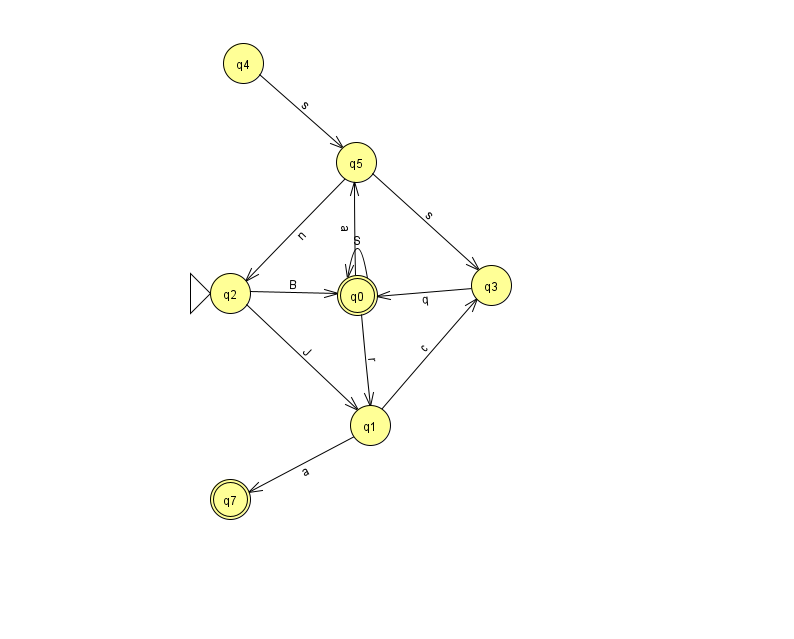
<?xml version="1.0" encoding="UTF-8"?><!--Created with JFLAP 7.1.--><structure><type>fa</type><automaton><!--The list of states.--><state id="0" name="q0"><x>357.0</x><y>282.0</y><final/></state><state id="1" name="q1"><x>370.0</x><y>412.0</y></state><state id="2" name="q2"><x>230.0</x><y>280.0</y><initial/></state><state id="3" name="q3"><x>491.0</x><y>272.0</y></state><state id="4" name="q4"><x>243.0</x><y>50.0</y></state><state id="5" name="q5"><x>356.0</x><y>149.0</y></state><state id="7" name="q7"><x>230.0</x><y>486.0</y><final/></state><!--The list of transitions.--><transition><from>4</from><to>5</to><read>s</read></transition><transition><from>1</from><to>3</to><read>c</read></transition><transition><from>0</from><to>0</to><read>S</read></transition><transition><from>2</from><to>0</to><read>B</read></transition><transition><from>2</from><to>1</to><read>J</read></transition><transition><from>0</from><to>5</to><read>a</read></transition><transition><from>5</from><to>2</to><read>n</read></transition><transition><from>5</from><to>3</to><read>s</read></transition><transition><from>3</from><to>0</to><read>q</read></transition><transition><from>0</from><to>1</to><read>r</read></transition><transition><from>1</from><to>7</to><read>a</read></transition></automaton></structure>